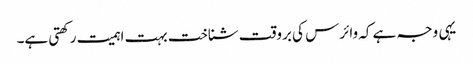
یہی وجہ ہے کہ وائرس کی بروقت شناخت بہت اہمیت رکھتی ہے۔